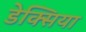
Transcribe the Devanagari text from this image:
डेक्सिया